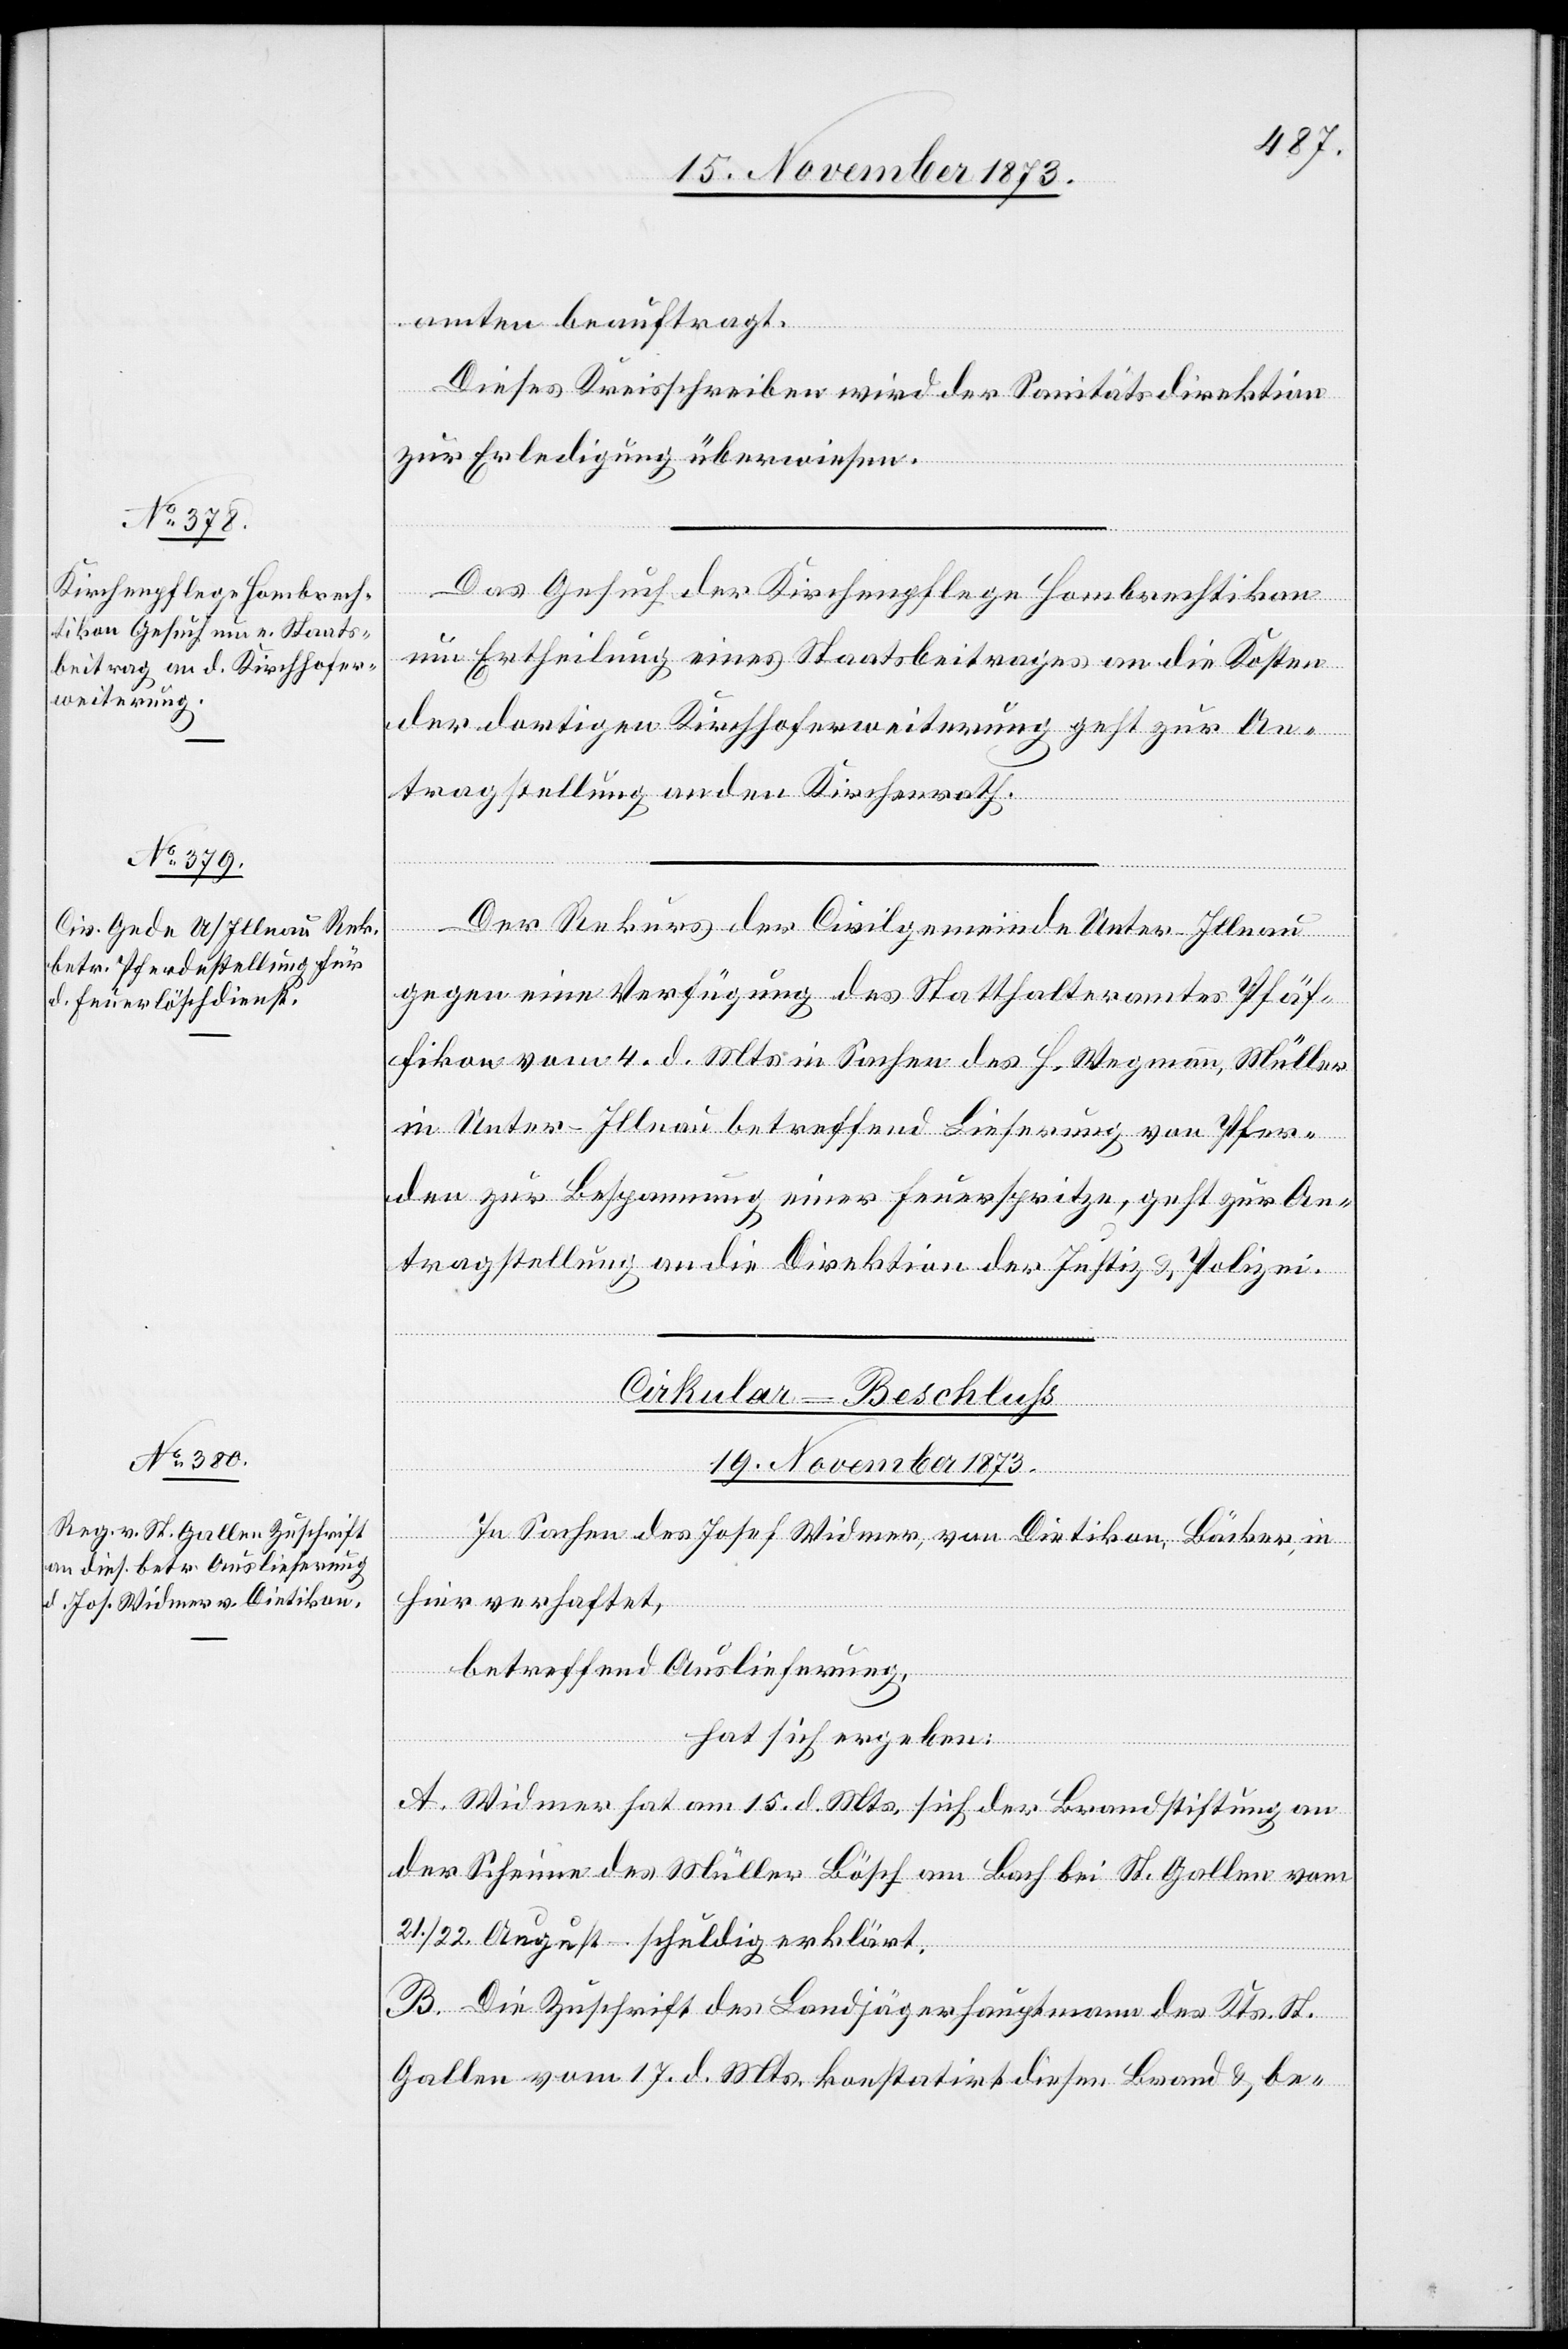
19. November 1873.]
amten beauftragt.
Dieses Kreisschreiben wird der Sanitätsdirektion
zur Erledigung überwiesen.
Das Gesuch der Kirchenpflege Hombrechtikon
um Ertheilung eines Staatsbeitrages an die Kosten
der dortigen Kirchhoferweiterung geht zur An¬
tragstellung an den Kirchenrath.
Der Rekurs der Civilgemeinde Unter-Illnau
gegen eine Verfügung des Statthalteramtes Pfäf¬
fikon vom 4. d. Mts. in Sachen des H. Wegmann, Müller
in Unter-Illnau betreffend Lieferung von Pfer¬
den zur Bespannung einer Feuerspritze, geht zur An¬
tragstellung an die Direktion der Justiz & Polizei.
Cirkular-Beschluss
19. November 1873.
In Sachen des Josef Widmer, von Dietikon, Bäcker, in
hier verhaftet,
betreffend Auslieferung,
hat sich ergeben:
A. Widmer hat am 15. d. Mts. sich der Brandstiftung an
der Scheune des Müller Bösch am Bach bei St. Gallen vom
21./22. August – schuldig erklärt.
B. Die Zuschrift des Landjägerhauptmann des Kts. St.
Gallen vom 17. d. Mts. konstatirt diesen Brand & be-